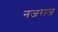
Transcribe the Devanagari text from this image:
नजराज